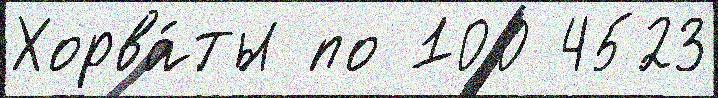
Хорва́ты по 100 4523